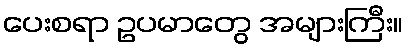
ပေးစရာ ဥပမာတွေ အများကြီး။